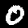
Label: 0